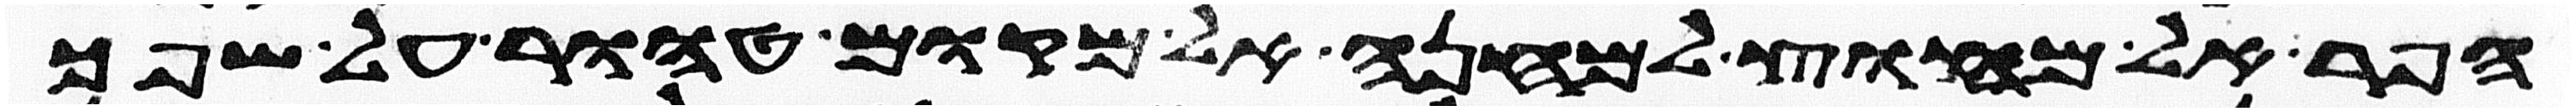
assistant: הפר אל מחוץ למחנה אל מקום טהור על שפך